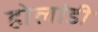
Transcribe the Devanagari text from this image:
होलांडी